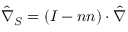
\hat { \nabla } _ { S } = ( \boldsymbol { I } - \boldsymbol { n } \boldsymbol { n } ) \cdot \hat { \nabla }